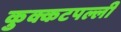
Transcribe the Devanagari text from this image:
कुक्कटपल्ली